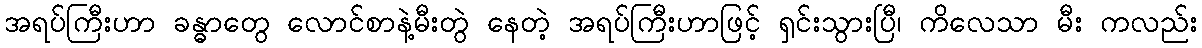
အရပ်ကြီးဟာ ခန္ဓာတွေ လောင်စာနဲ့မီးတွဲ နေတဲ့ အရပ်ကြီးဟာဖြင့် ရှင်းသွားပြီ၊ ကိလေသာ မီး ကလည်း